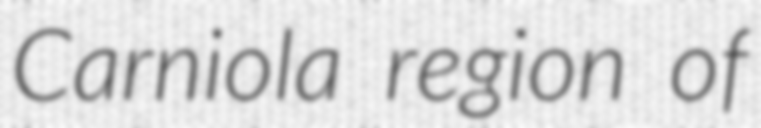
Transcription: Carniola region of